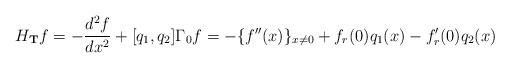
LaTeX: \begin{align*}H_{\mathbf{T}}f=-\frac{d^2f}{dx^2}+[q_1,q_2]\Gamma_0f=-\{f''(x)\}_{x\not=0}+f_r(0)q_1(x)-f_r'(0)q_2(x)\end{align*}